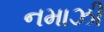
નમાઝી